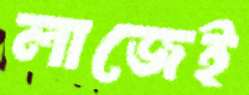
লাজেই